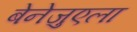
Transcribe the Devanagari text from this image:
बेनेजुएला